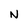
Character: N